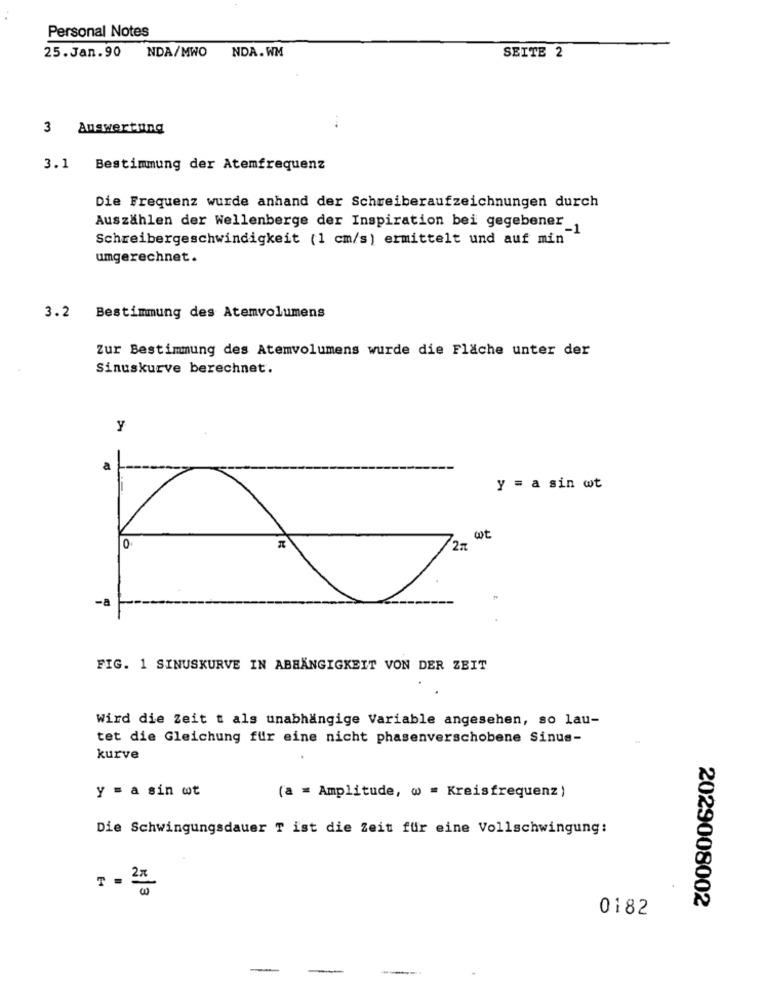
Personal Notes
25.Jan.90
NDA/MWO
NDA. WM
SEITE 2
3 Auswertung
3.1 Bestimmung der Atemfrequenz
Die Frequenz wurde anhand der Schreiberaufzeichnungen durch
Auszahlen der Wellenberge der Inspiration bei gegebener_
Schreibergeschwindigkeit (1 cm/s) ermittelt und auf min
umgerechnet.
3.2 Bestimmung des Atemvolumens
Zur Bestimmung des Atemvolumens wurde die Fläche unter der
Sinuskurve berechnet.
y
-
y = a sin wt
wot
0
FIG. 1 SINUSKURVE IN ABHÄNGIGKEIT VON DER ZEIT
Wird die Zeit t als unabhängige Variable angesehen, so lau-
tet die Gleichung für eine nicht phasenverschobene Sinus-
kurve
y = a sin ot
(a = Amplitude, w = Kreisfrequenz )
Die Schwingungsdauer T ist die Zeit für eine Vollschwingung:
5/3
2029008002
0182
-